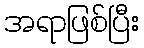
အရာဖြစ်ပြီး